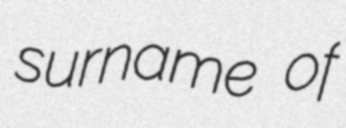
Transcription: surname of